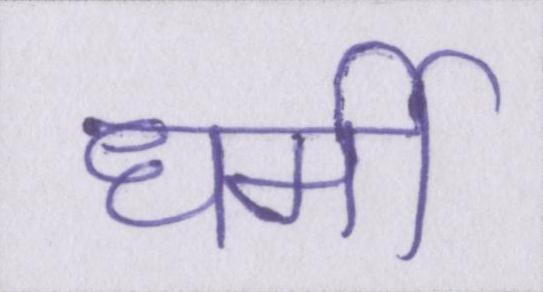
धर्मी